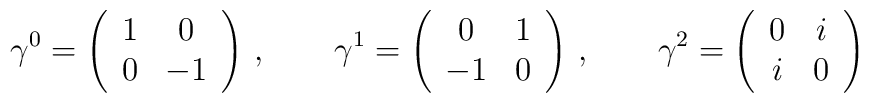
\gamma^0=\left( \begin{array}{cc}1&0\\0&-1 \end{array}\right)\,,\qquad\gamma^1=\left( \begin{array}{cc}0&1\\-1&0 \end{array}\right)\,,\qquad\gamma^2=\left( \begin{array}{cc}0&i\\i&0 \end{array}\right)